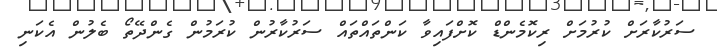
ސަރުކާރަށް ކުރުމަށް ރިކޮމެންޑް ކޮށްފައިވާ ކަންތައްތައް ސަރުކާރުން ކުރަމުން ގެންދޭތޯ ބެލުން އެކަނި